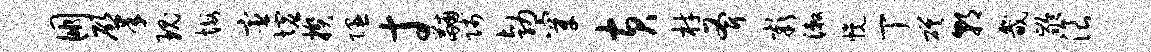
朋肇瑰悔宦墟揆隰寸黼贱勃穿黄材斧彰漱幌丁磋朝畿龄浪